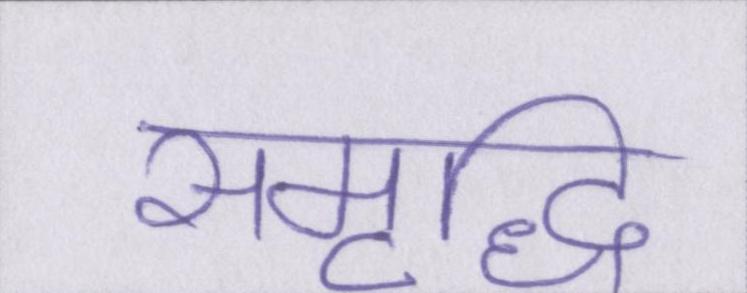
समृद्धि